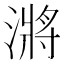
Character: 𭲎